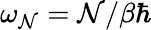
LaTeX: \omega_{\mathcal{N}}=\mathcal{N}/\beta\hbar